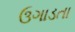
ઉગાડતા